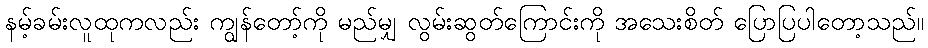
နမ့်ခမ်းလူထုကလည်း ကျွန်တော့်ကို မည်မျှ လွမ်းဆွတ်ကြောင်းကို အသေးစိတ် ပြောပြပါတော့သည်။